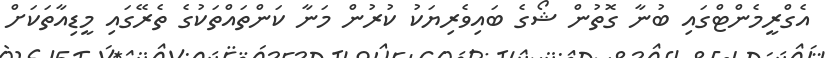
އެގްރީމެންޓްގައި ބުނާ ގޮތުން ޝޯގެ ބައިވެރިޔަކު ކުރުން މަނާ ކަންތައްތަކުގެ ތެރޭގައި މީޑިއާތަކަށް